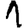
Digit: 1